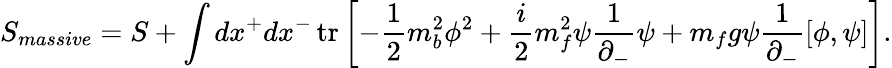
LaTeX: S_{massive}=S+\int dx^{+}dx^{-}\, \mathrm{tr}\left[-\frac{1}{2}m_{b}^{2}\phi^{2}+\frac{i}{2}m_{f}^{2}\psi\frac{1}{\partial_{-}}\psi+m_{f}g\psi\frac{1}{\partial_{-}}[\phi,\psi]\right].